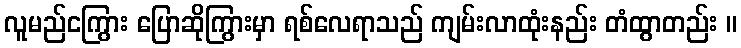
လူမည်ငကြွား ပြောဆိုကြွားမှာ ရစ်လေရာသည် ကျမ်းလာထုံးနည်း တံထွာတည်း ။